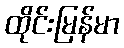
ထိုင်းမြန်မာ